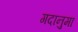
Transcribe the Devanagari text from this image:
गदानुमा